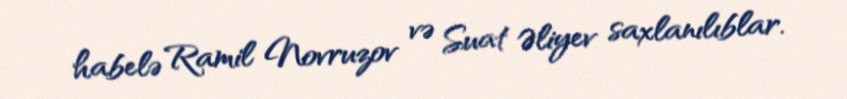
habelə Ramil Novruzov və Suat Əliyev saxlanılıblar.